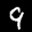
Label: 9